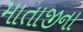
માતાજીના